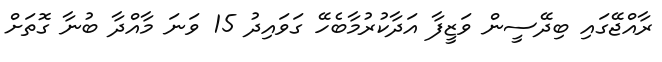
ރާއްޖޭގައި ބިދޭސީން ވަޒީފާ އަދާކުރުމާބެހޭ ގަވައިދު 15 ވަނަ މާއްދާ ބުނާ ގޮތަށް